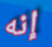
إنه